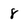
Character: 8